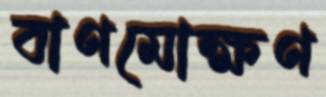
বাণমোক্ষণ